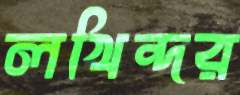
লখিন্দর